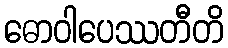
ဓောဝါပေဿတီတိ